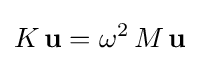
K\,{\textbf {u}}=\omega ^{2}\,M\,{\textbf {u}}